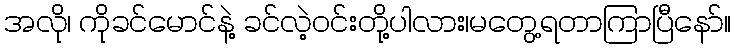
အလို၊ ကိုခင်မောင်နဲ့ ခင်လဲ့ဝင်းတို့ပါလား၊မတွေ့ရတာကြာပြီနော်။